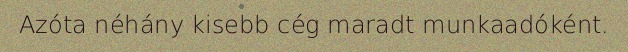
Azóta néhány kisebb cég maradt munkaadóként.